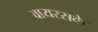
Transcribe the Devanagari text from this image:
वायरसके